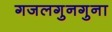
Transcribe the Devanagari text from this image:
गजलगुनगुना